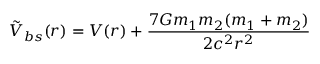
\tilde { V } _ { b s } ( r ) = V ( r ) + { \frac { 7 G m _ { 1 } m _ { 2 } ( m _ { 1 } + m _ { 2 } ) } { 2 c ^ { 2 } r ^ { 2 } } }